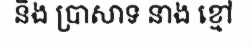
និង ប្រាសាទ នាង ខ្មៅ